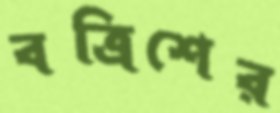
বত্রিশের